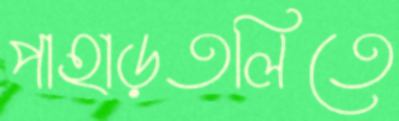
পাহাড়তলিতে